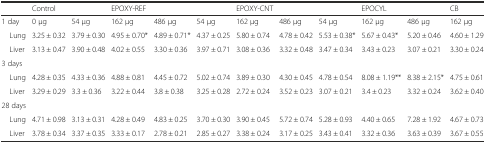
<table><thead><tr><td></td><td><b>Control</b></td><td></td><td><b>EPOXY-REF</b></td><td></td><td></td><td><b>EPOXY-CNT</b></td><td></td><td></td><td><b>EPOCYL</b></td><td></td><td><b>CB</b></td></tr></thead><tbody><tr><td>1 day</td><td>0 μg</td><td>54 μg</td><td>162 μg</td><td>486 μg</td><td>54 μg</td><td>162 μg</td><td>486 μg</td><td>54 μg</td><td>162 μg</td><td>486 μg</td><td>162 μg</td></tr><tr><td> Lung</td><td>3.25 ± 0.32</td><td>3.79 ± 0.30</td><td>4.95 ± 0.70*</td><td>4.89 ± 0.71*</td><td>4.37 ± 0.25</td><td>5.80 ± 0.74</td><td>4.78 ± 0.42</td><td>5.53 ± 0.38*</td><td>5.67 ± 0.43*</td><td>5.20 ± 0.46</td><td>4.60 ± 1.29</td></tr><tr><td> Liver</td><td>3.13 ± 0.47</td><td>3.90 ± 0.48</td><td>4.02 ± 0.55</td><td>3.30 ± 0.36</td><td>3.97 ± 0.71</td><td>3.08 ± 0.36</td><td>3.32 ± 0.48</td><td>3.47 ± 0.34</td><td>3.43 ± 0.23</td><td>3.07 ± 0.21</td><td>3.30 ± 0.24</td></tr><tr><td>3 days</td><td></td><td></td><td></td><td></td><td></td><td></td><td></td><td></td><td></td><td></td><td></td></tr><tr><td> Lung</td><td>4.28 ± 0.35</td><td>4.33 ± 0.36</td><td>4.88 ± 0.81</td><td>4.45 ± 0.72</td><td>5.02 ± 0.74</td><td>3.89 ± 0.30</td><td>4.30 ± 0.45</td><td>4.78 ± 0.54</td><td>8.08 ± 1.19**</td><td>8.38 ± 2.15*</td><td>4.75 ± 0.61</td></tr><tr><td> Liver</td><td>3.29 ± 0.29</td><td>3.3 ± 0.36</td><td>3.22 ± 0.44</td><td>3.8 ± 0.38</td><td>3.25 ± 0.28</td><td>2.72 ± 0.24</td><td>3.52 ± 0.23</td><td>3.07 ± 0.21</td><td>3.4 ± 0.23</td><td>3.32 ± 0.24</td><td>3.62 ± 0.40</td></tr><tr><td colspan="2">28 days</td><td></td><td></td><td></td><td></td><td></td><td></td><td></td><td></td><td></td><td></td></tr><tr><td> Lung</td><td>4.71 ± 0.98</td><td>3.13 ± 0.31</td><td>4.28 ± 0.49</td><td>4.83 ± 0.25</td><td>3.70 ± 0.30</td><td>3.90 ± 0.45</td><td>5.72 ± 0.74</td><td>5.28 ± 0.93</td><td>4.40 ± 0.65</td><td>7.28 ± 1.92</td><td>4.67 ± 0.73</td></tr><tr><td> Liver</td><td>3.78 ± 0.34</td><td>3.37 ± 0.35</td><td>3.33 ± 0.17</td><td>2.78 ± 0.21</td><td>2.85 ± 0.27</td><td>3.38 ± 0.24</td><td>3.17 ± 0.25</td><td>3.43 ± 0.41</td><td>3.32 ± 0.36</td><td>3.63 ± 0.39</td><td>3.67 ± 0.55</td></tr></tbody></table>